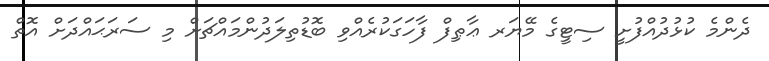
ދެންމެ ކުޅުދުއްފުށީ ސިޓީގެ މޭޔަރ ޢާޠިފް ފާހަގަކުރެއްވި ބޮޑުތިލަދުންމައްޗަށް މި ސަރަޙައްދަށް އޮތް